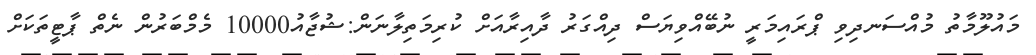
މައުލޫމާތު މުއްސަނދިވި ޕްރައިމަރީ ނުބޭއްވިޔަސް ދިއްގަރު ދާއިރާއަށް ކުރިމަތިލާނަން:ޝުޖާއު10000 މެމްބަރުން ނެތް ޕާޓީތަކަށް